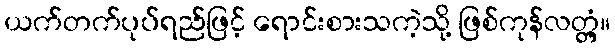
ယက်တက်ပုပ်ရည်ဖြင့် ရောင်းစားသကဲ့သို့ ဖြစ်ကုန်လတ္တံ့။